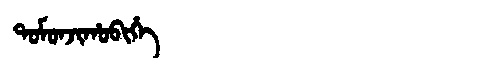
Manchu: ᡨᠣᠮᠣᠨᠵᡳᡥᠣᠪᡳᡥᡝ
Romanization: TOMONJIHOBIHE